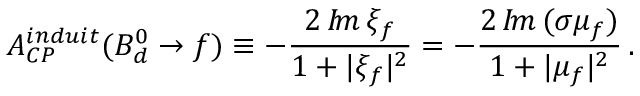
A _ { C P } ^ { i n d u i t } ( B _ { d } ^ { 0 } \to f ) \equiv - \frac { 2 \, { \cal I } \! m \, \xi _ { f } } { 1 + | \xi _ { f } | ^ { 2 } } = - \frac { 2 \, { \cal I } \! m \, ( \sigma \mu _ { f } ) } { 1 + | \mu _ { f } | ^ { 2 } } \, .